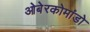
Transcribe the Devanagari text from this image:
ओबेरकोमांडो